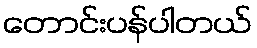
တောင်းပန်ပါတယ်